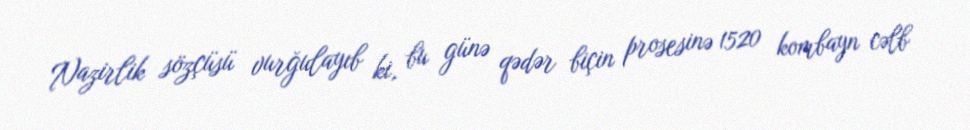
Nazirlik sözçüsü vurğulayıb ki, bu günə qədər biçin prosesinə 1520 kombayn cəlb